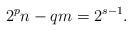
LaTeX: \begin{align*}2^p n - q m = 2^{s-1}.\end{align*}